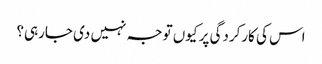
اس کی کارکردگی پر کیوں توجہ نہیں دی جارہی؟